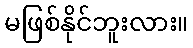
မဖြစ်နိုင်ဘူးလား။